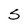
Character: s